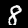
Digit: 8